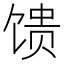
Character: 馈